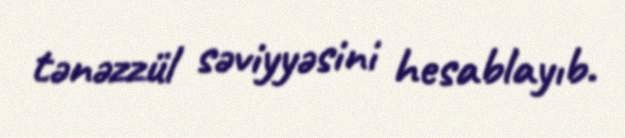
tənəzzül səviyyəsini hesablayıb.